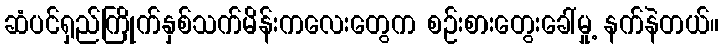
ဆံပင်ရှည်ကြိုက်နှစ်သက်မိန်းကလေးတွေက စဉ်းစားတွေးခေါ်မှု့ နက်နဲတယ်။